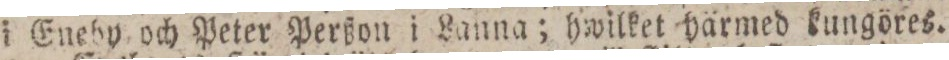
i Eneby och Peter Perßon i Lanna; hwilket härmed kungöres.